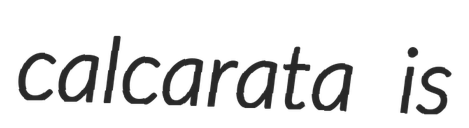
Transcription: calcarata is